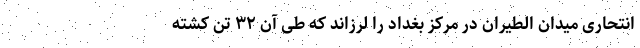
انتحاری میدان الطیران در مرکز بغداد را لرزاند که طی آن ۳۲ تن کشته